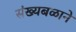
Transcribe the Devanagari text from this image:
संख्यबळाने